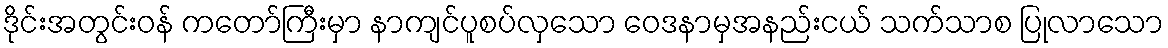
ဒိုင်းအတွင်းဝန် ကတော်ကြီးမှာ နာကျင်ပူစပ်လှသော ဝေဒနာမှအနည်းငယ် သက်သာစ ပြုလာသော